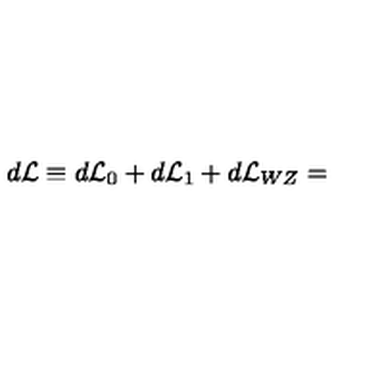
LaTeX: d { \cal { L } } \equiv d { \cal { L } } _ { 0 } + d { \cal { L } } _ { 1 } + d { \cal { L } } _ { W Z } =